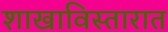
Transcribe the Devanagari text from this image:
शाखाविस्तारात